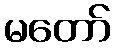
မတော်